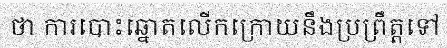
ថា ការបោះឆ្នោតលើកក្រោយនឹងប្រព្រឹត្តទៅ